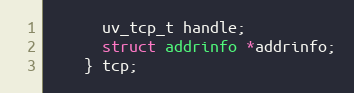
Language: C
      uv_tcp_t handle;
      struct addrinfo *addrinfo;
    } tcp;